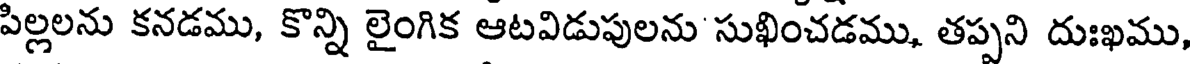
పిల్లలను కనడము, కొన్ని లైంగిక ఆటవిడుపులను సుఖించడము, తప్పని దుఃఖము,